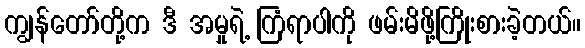
ကျွန်တော်တို့က ဒီ အမှုရဲ့ ကြံရာပါကို ဖမ်းမိဖို့ကြိုးစားခဲ့တယ်။